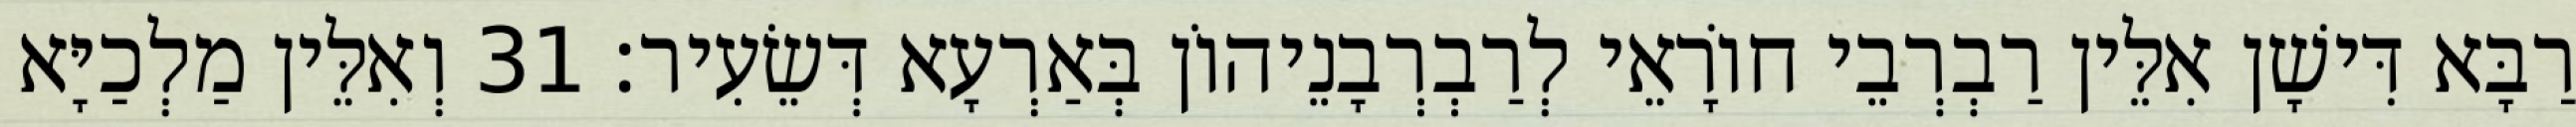
רַבָּא דִּישָׁן אִלֵּין רַבְרְבֵי חוֹרָאֵי לְרַבְרְבָנֵיהוֹן בְּאַרְעָא דְּשֵׂעִיר׃ 31 וְאִלֵּין מַלְכַיָּא